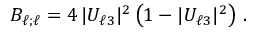
B _ { { \ell } ; { \ell } } = 4 \, | U _ { { \ell } 3 } | ^ { 2 } \left( 1 - | U _ { { \ell } 3 } | ^ { 2 } \right) \, .